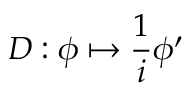
D : \phi \mapsto { \frac { 1 } { i } } \phi ^ { \prime }